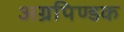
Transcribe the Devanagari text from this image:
अग्रपिण्डक